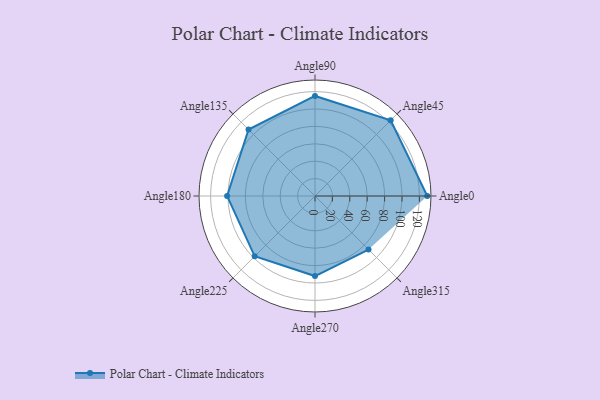
{"axis": {"x": "Angle", "y": "Radius"}, "legend": [""], "data": [{"x": "Angle0", "y": 129.0, "type": ""}, {"x": "Angle45", "y": 123.0, "type": ""}, {"x": "Angle90", "y": 115.0, "type": ""}, {"x": "Angle135", "y": 108.0, "type": ""}, {"x": "Angle180", "y": 101.0, "type": ""}, {"x": "Angle225", "y": 98.0, "type": ""}, {"x": "Angle270", "y": 92.0, "type": ""}, {"x": "Angle315", "y": 87.0, "type": ""}]}